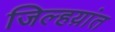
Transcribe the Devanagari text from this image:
जिल्हय़ांत